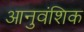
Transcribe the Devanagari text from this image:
आनुवंशिक